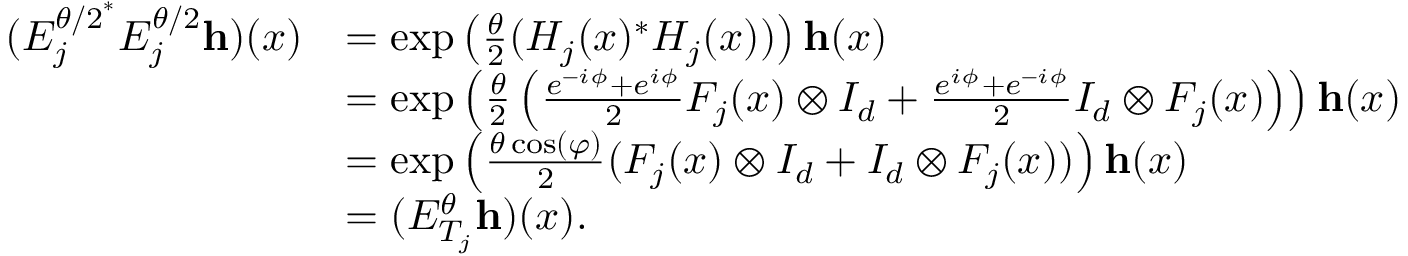
\begin{array} { r l } { ( E _ { j } ^ { { \theta / 2 } ^ { * } } E _ { j } ^ { \theta / 2 } \mathbf { h } ) ( x ) } & { = \exp \left( \frac { \theta } { 2 } ( H _ { j } ( x ) ^ { * } H _ { j } ( x ) ) \right) \mathbf { h } ( x ) } \\ & { = \exp \left( \frac { \theta } { 2 } \left( \frac { e ^ { - i \phi } + e ^ { i \phi } } { 2 } F _ { j } ( x ) \otimes I _ { d } + \frac { e ^ { i \phi } + e ^ { - i \phi } } { 2 } I _ { d } \otimes F _ { j } ( x ) \right) \right) \mathbf { h } ( x ) } \\ & { = \exp \left( \frac { \theta \cos ( \varphi ) } { 2 } ( F _ { j } ( x ) \otimes I _ { d } + I _ { d } \otimes F _ { j } ( x ) ) \right) \mathbf { h } ( x ) } \\ & { = ( E _ { T _ { j } } ^ { \theta } \mathbf { h } ) ( x ) . } \end{array}